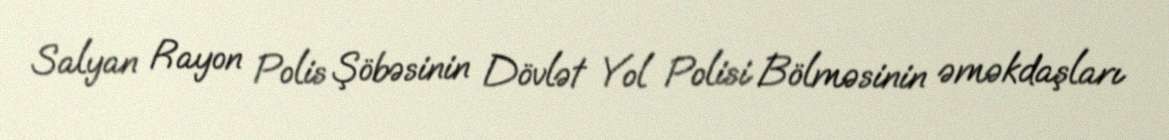
Salyan Rayon Polis Şöbəsinin Dövlət Yol Polisi Bölməsinin əməkdaşları